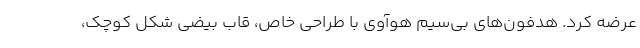
عرضه کرد. هدفون‌های بی‌سیم هوآوی با طراحی خاص، قاب بیضی شکل کوچک،